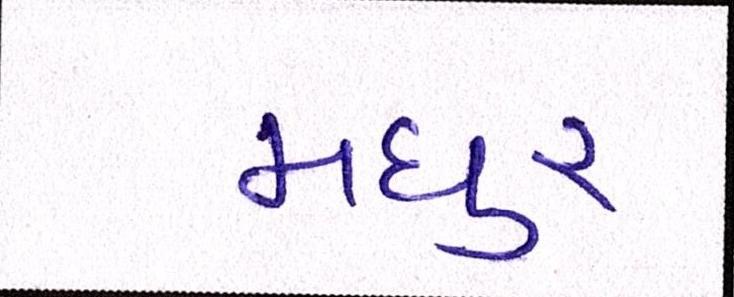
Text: મધુર